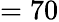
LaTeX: =70